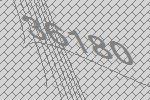
36180